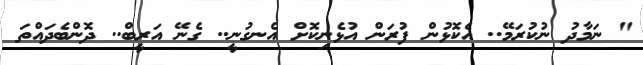
" ނަމާދު ނުކުރަމޭ.. އެކޮޅުން ފުރަން އުޅެނިކޮށް އެނގުނީ.. ގެނޭ އަރީބް.. ދޮންބެދައްތަ